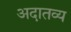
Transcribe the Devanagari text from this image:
अदातव्य